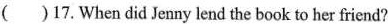
( )17. When did Jenny lend the book to her friend?